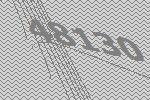
48130